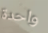
واحدة